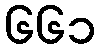
၆၆၁